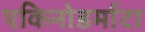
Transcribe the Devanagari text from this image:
एकिनोडर्माटा